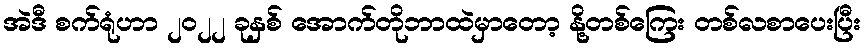
အဲဒီ စက်ရုံဟာ ၂၀၂၂ ခုနှစ် အောက်တိုဘာထဲမှာတော့ နို့တစ်ကြေး တစ်လစာပေးပြီး